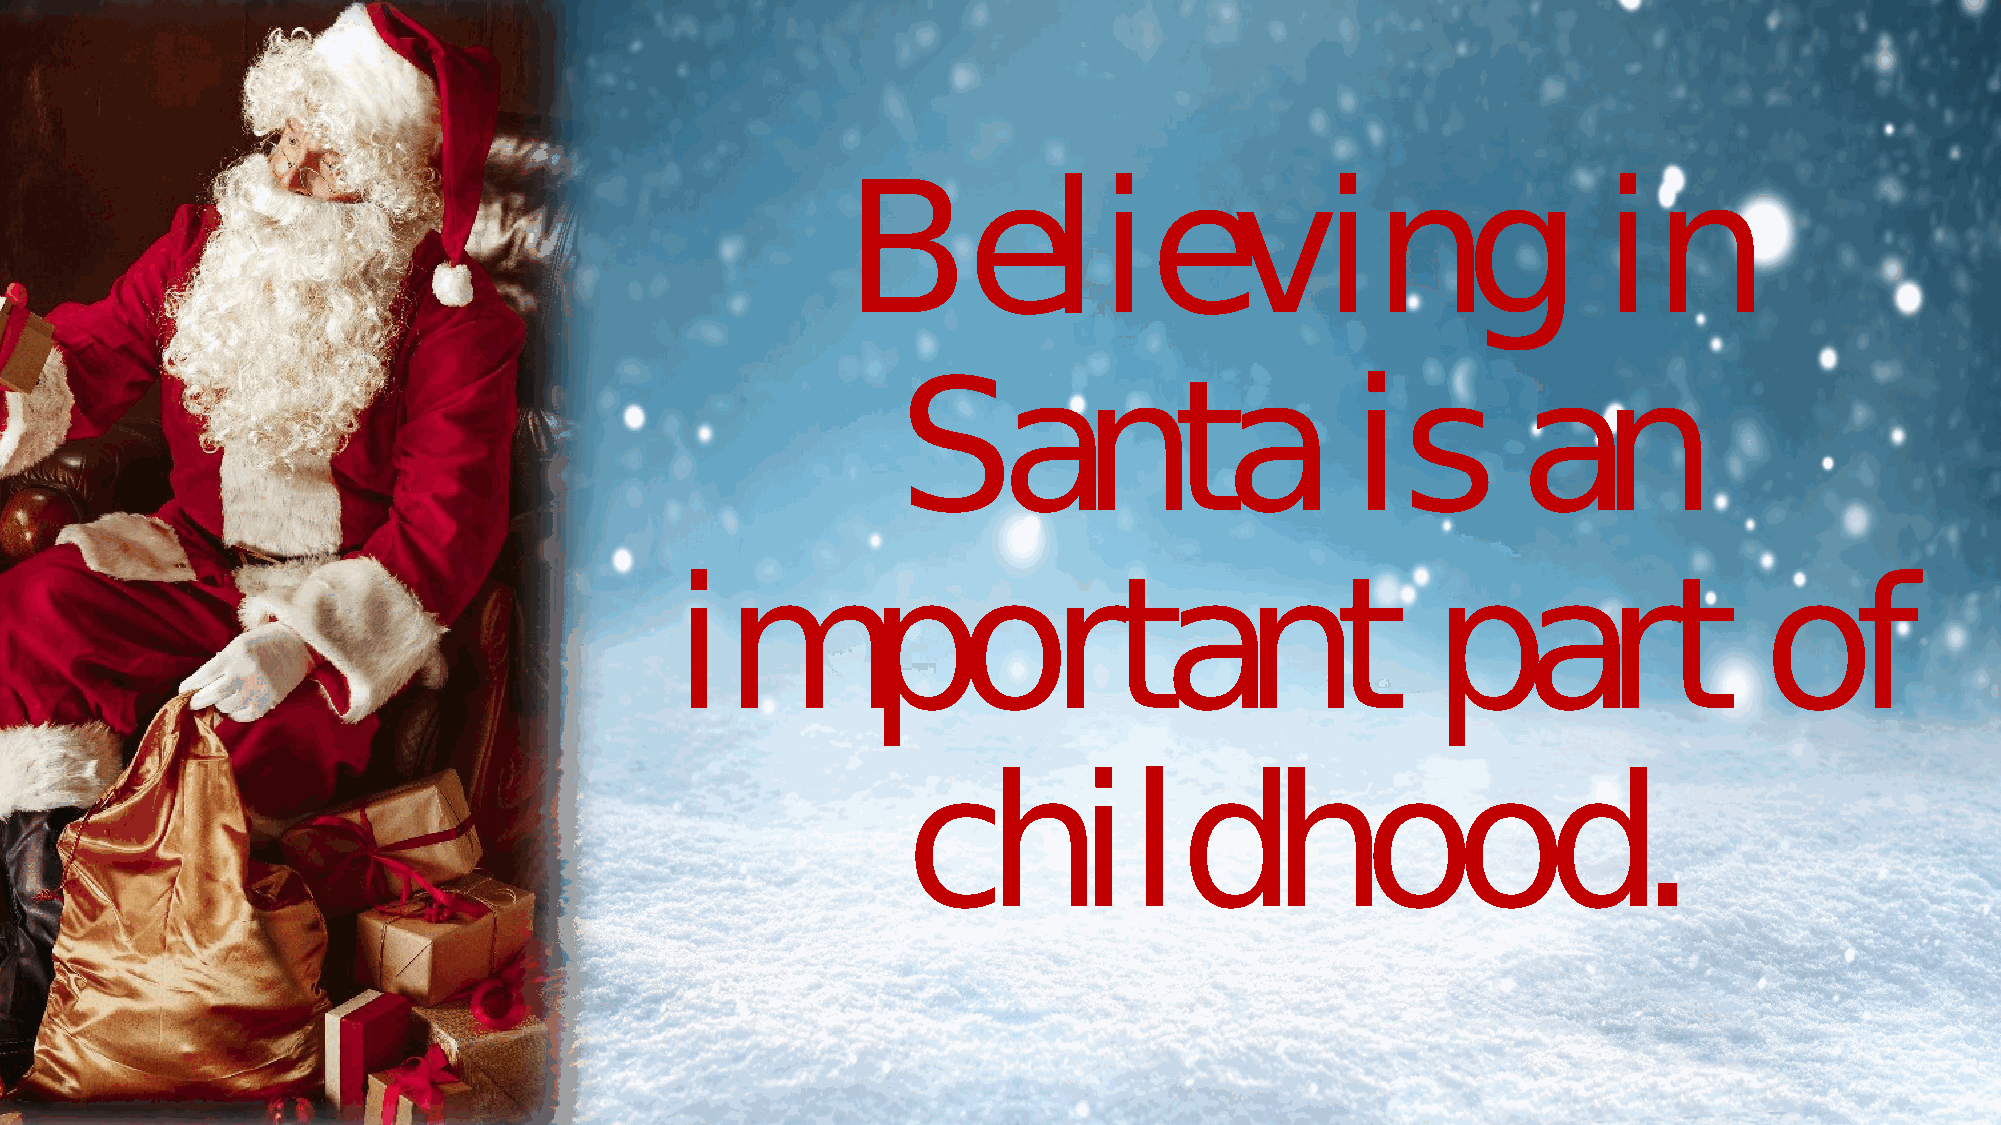
Believing                                         in
 Santa                         is          an
 important                                         part                  of
 childhood.